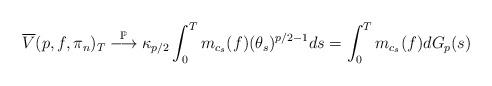
LaTeX: \begin{align*}\overline{V}(p,f,\pi_n)_T \overset{\mathbb{P}}{\longrightarrow} \kappa_{p/2}\int_0^T m_{c_s}(f) (\theta_s)^{p/2-1} ds= \int_0^T m_{c_s}(f) dG_p(s)\end{align*}